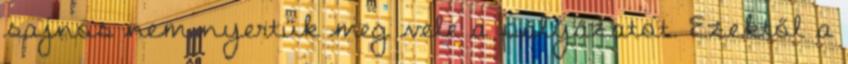
sajnos nem nyertük meg vele a pályázatot. Ezektől a